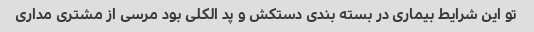
تو این شرایط بیماری در بسته بندی دستکش و پد الکلی بود مرسی از مشتری مداری